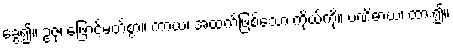
ခွေ၍။ ဥဇုံ၊ ဖြောင့်မတ်စွာ။ ကာယံ၊ အထက်ဖြစ်သော ကိုယ်ကို။ ပဏိဓာယ၊ ထား၍။